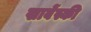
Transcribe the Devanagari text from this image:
खाबेंस्की